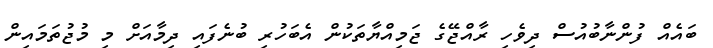
ބައެއް ފުންނާބުއުސް ދިވެހި ރާއްޖޭގެ ޖަމިއްޔާތަކުން އެބަހުރި ބުނެފައި ދިމާއަށް މި މުޖުތަމައިން